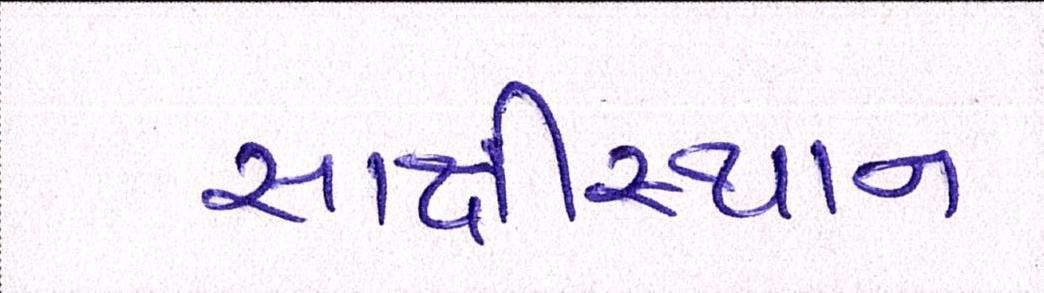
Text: સાક્ષીસ્થાન